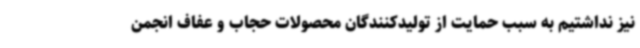
نیز نداشتیم به سبب حمایت از تولیدکنندگان محصولات حجاب و عفاف انجمن